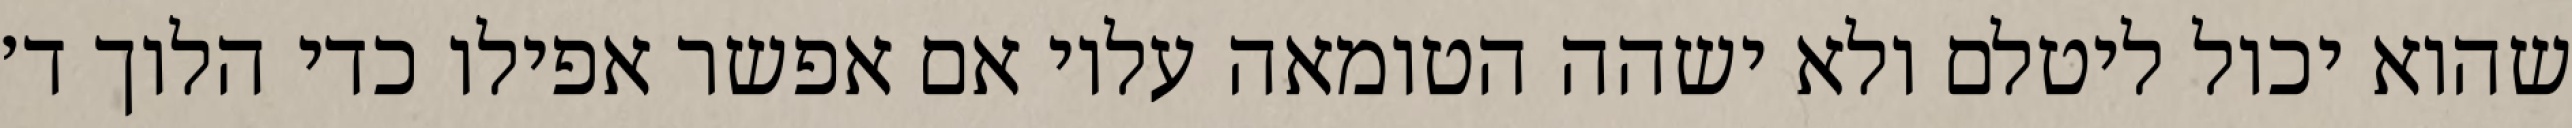
שהוא יכול ליטלם ולא ישהה הטומאה עליו אם אפשר אפילו כדי הלוך ד׳